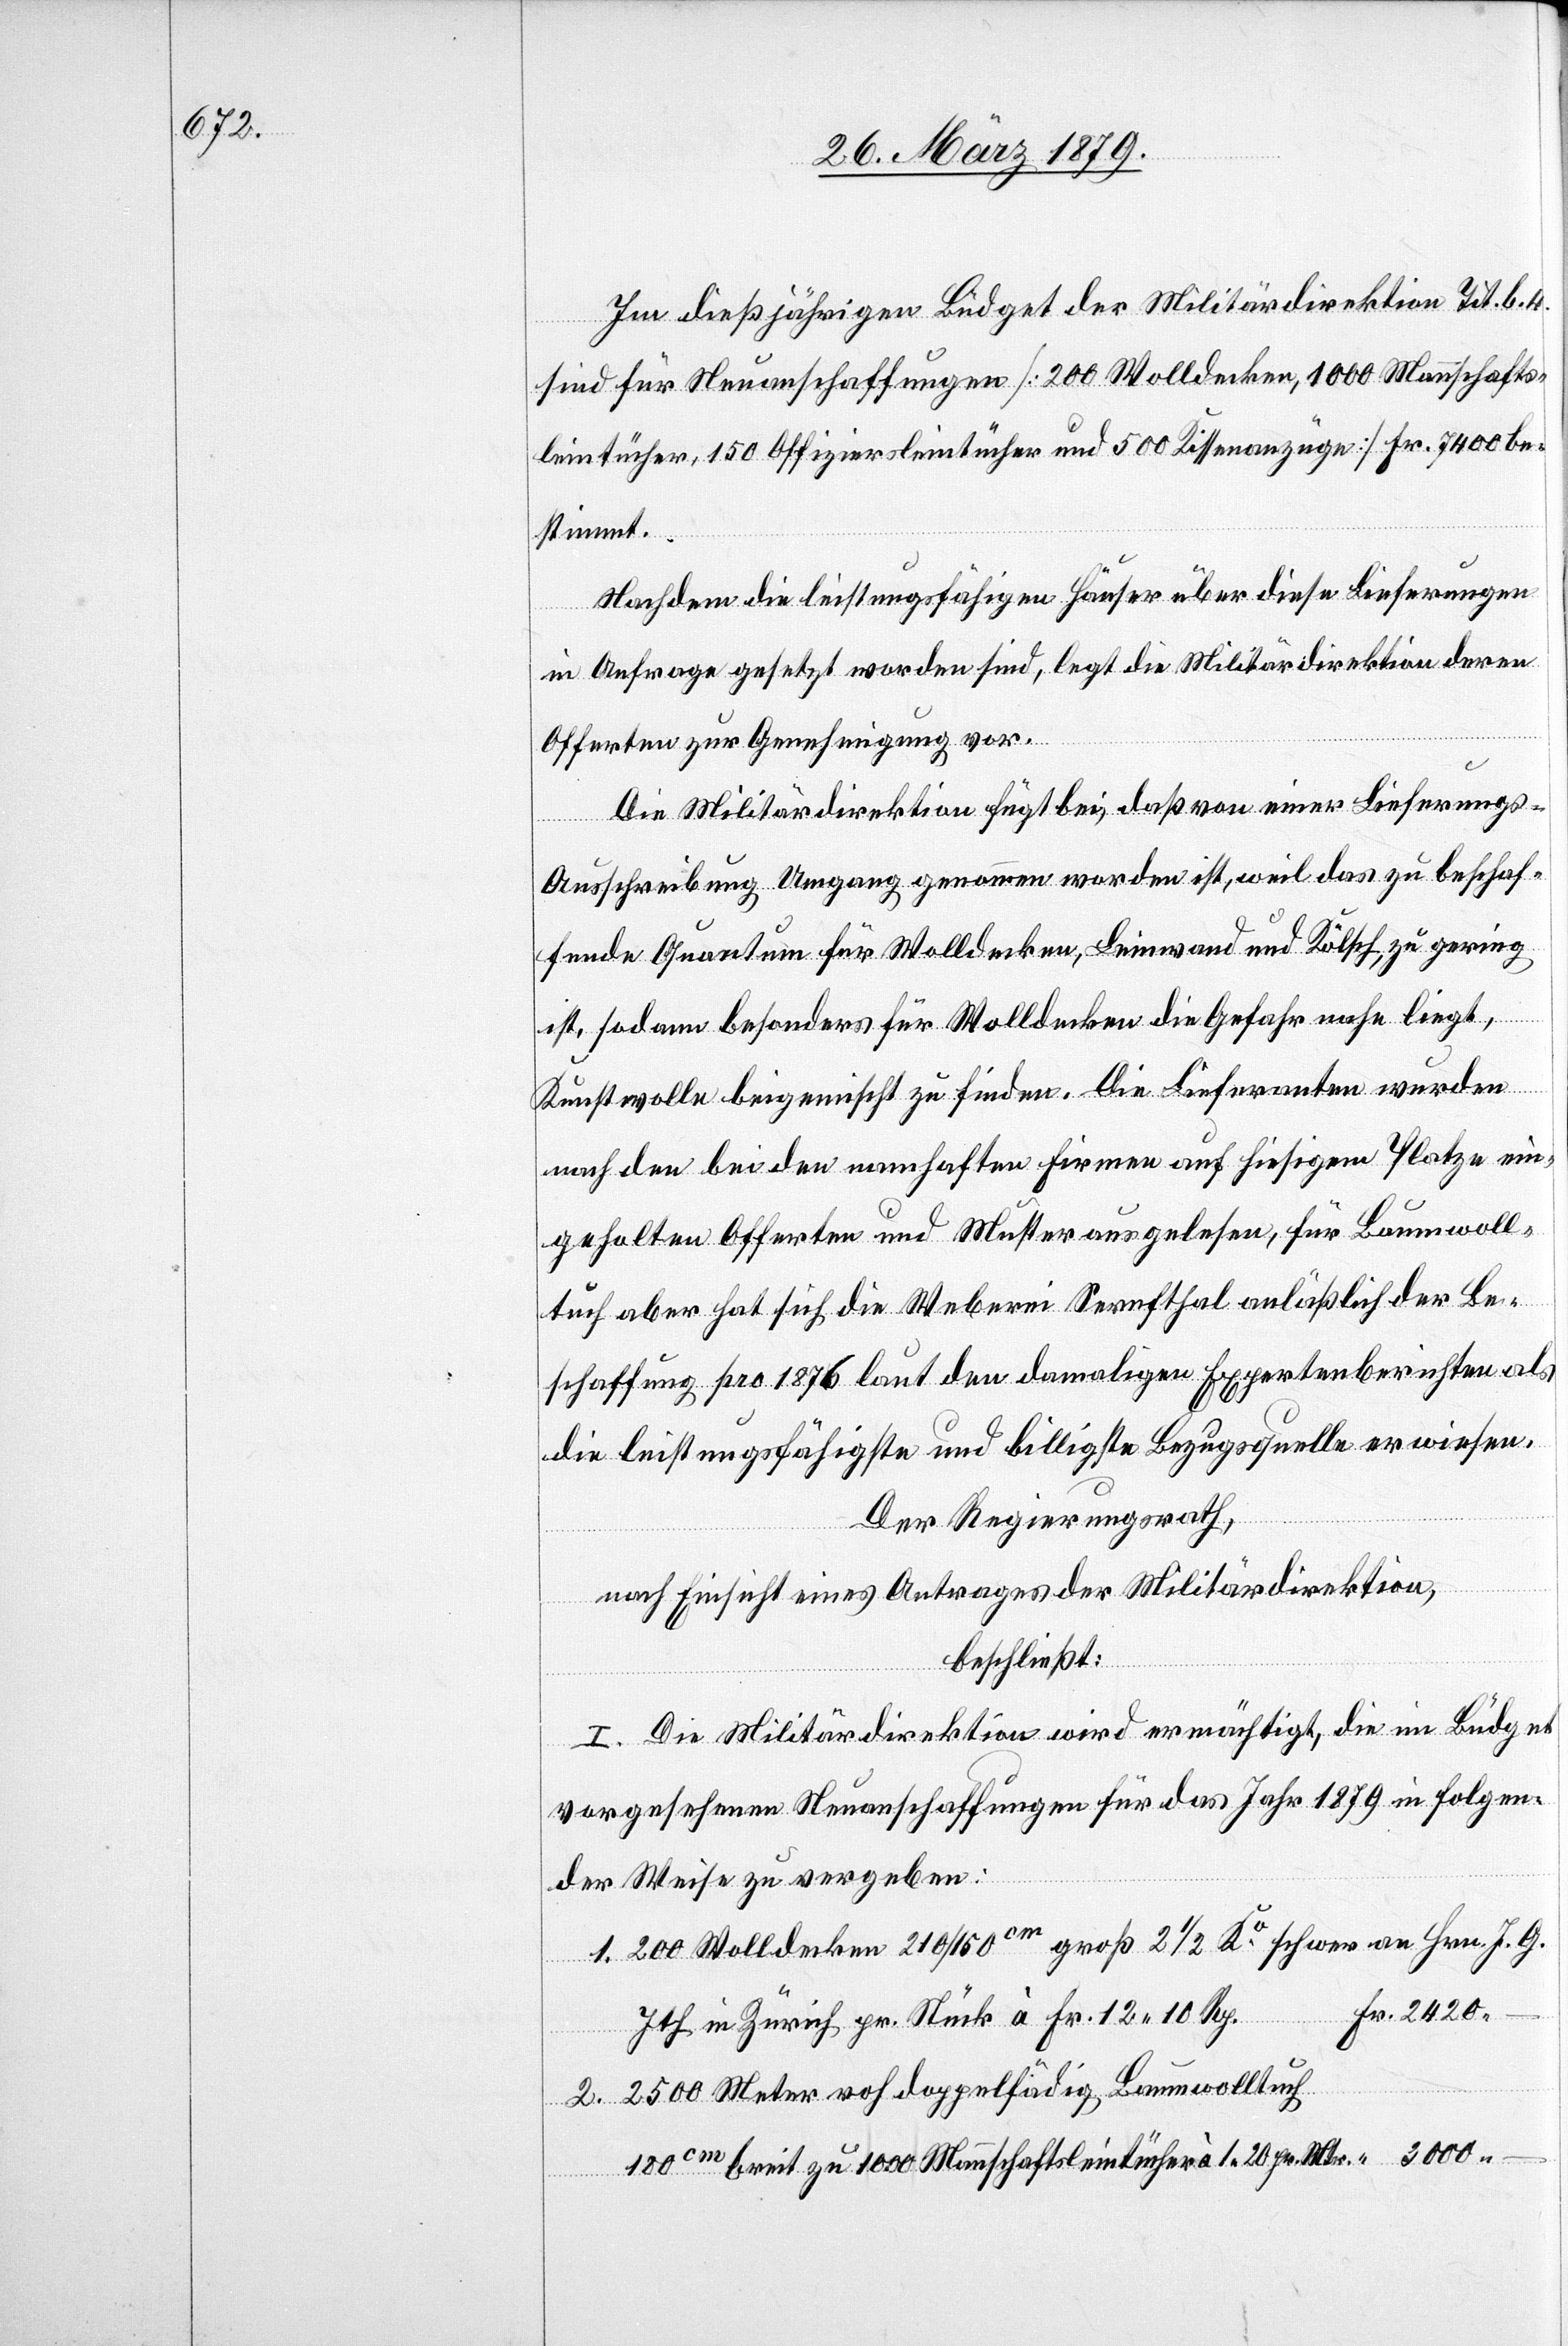
Im dießjährigen Büdget der Militärdirektion Tit. b. 4.
sind für Neuanschaffungen [200 Wolldecken, 1000 Mannschafts¬
leintücher, 150 Offiziersleintücher und 500 Kissenanzüge] Fr. 7400 be¬
stimmt.
Nachdem die leistungsfähigen Häuser über diese Lieferungen
2420.
in Anfrage gesetzt worden sind, legt die Militärdirektion deren
Offerten zur Genehmigung vor.
Die Militärdirektion fügt bei, daß von einer Lieferungs-A¬
usschreibung Umgang genommen worden ist, weil das zu beschaf¬
fende Quantum für Wolldecken, Leinwand und Kölsch, zu gering
ist, sodann besonders für Wolldecken die Gefahr nahe liegt,
Kunstwolle beigemischt zu finden. Die Lieferanten wurden
nach den bei den namhaften Firmen auf hiesigem Platze ein¬
geholten Offerten und Muster ausgelesen, für Baumwoll¬
tuch aber hat sich die Weberei Sernfthal anläßlich der Be¬
schaffung pro 1876 laut den damaligen Expertenberichten als
die leistungsfähigste und billigste Bezugsquelle erwiesen.
Der Regierungsrath,
nach Einsicht eines Antrages der Militärdirektion,
beschließt:
I. Die Militärdirektion wird ermächtigt, die im Büdget
vorgesehenen Neuanschaffungen für das Jahr 1879 in folgen¬
der Weise zu vergeben:
1. 200 Wolldecken 210/150cm groß 2 1/2 Ko schwer an Hrn. J. G.
Ith in Zürich pr Stück à Fr. 12 10 Rp.
2. 2500 Meter rohdoppelfädig Baumwolltuch
180cm breit zu 1000 Mannschaftsleintücher à 1.20 pr Mtr.